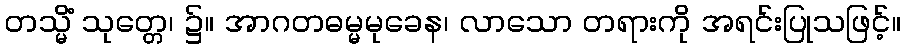
တသ္မိံ သုတ္တေ၊ ၌။ အာဂတဓမ္မမုခေန၊ လာသော တရားကို အရင်းပြုသဖြင့်။